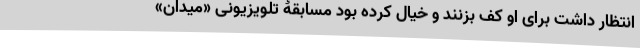
انتظار داشت برای او کف بزنند و خیال کرده بود مسابقۀ تلویزیونی «میدان»